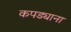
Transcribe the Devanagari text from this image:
कपड्याना